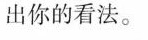
出你的看法。